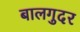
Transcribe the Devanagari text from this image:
बालगुदर